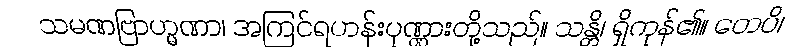
သမဏဗြာဟ္မဏာ၊ အကြင်ရဟန်းပုဏ္ဏားတို့သည်။ သန္တိ၊ ရှိကုန်၏။ တေပိ၊